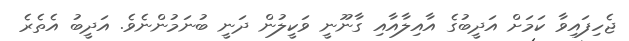
ޖެހިފައިވާ ކަމަށް އަދީބުގެ އާއިލާއާއި ގާނޫނީ ވަކީލުން ދަނީ ބުނަމުންނެވެ. އަދީބު އެތެރެ